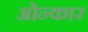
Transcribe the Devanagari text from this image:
ओन्कार